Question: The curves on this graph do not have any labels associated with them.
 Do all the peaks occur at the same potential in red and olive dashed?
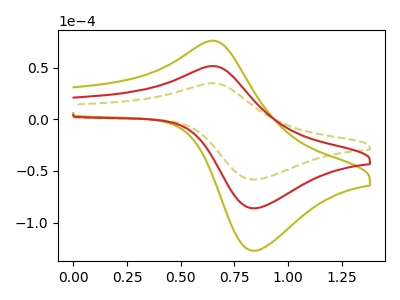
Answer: <think>The olive dashed curve "olive dashed" has an anodic peak at (0.65V, 34.80uA) and a cathodic peak at (0.85V, -58.35uA). The olive curve "olive" has an anodic peak at (0.65V, 102.80uA) and a cathodic peak at (0.85V, -172.35uA). The red curve "red" has an anodic peak at (0.65V, 51.40uA) and a cathodic peak at (0.85V, -86.15uA).</think>
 <answer>Yes, "red" have a peak in "olive dashed" at the same potential.</answer>
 <eval>match</eval>